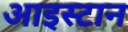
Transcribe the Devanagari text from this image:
आइस्टान